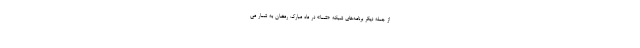
از جمله دیگر برنامه‌های شبکه «شما» در ماه مبارک رمضان به شمار می‌